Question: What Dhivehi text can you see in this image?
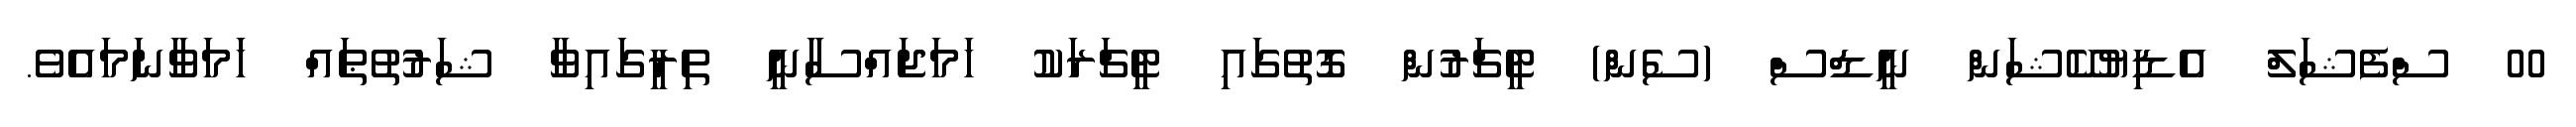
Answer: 00 ސްފެޝަލް އެޑިޔުކޭޝަން ނީޑްސް (ސެން) ޓީޗަރުން ގޮތުގައި ޓީޗަރަކު ހަމަޖައްސާނީ ތިރީގައިވާ ޝަރުތުޠައް ހަމަވާނަމައެވެ.